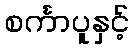
စင်္ကာပူနှင့်